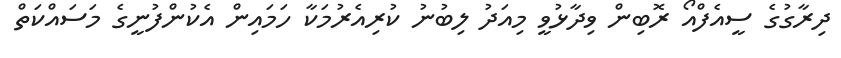
ދިރާގުގެ ސީއެފްއޯ ރޮބިން ވިދާޅުވީ މިއަދު ލިބުނު ކުރިއެރުމަކާ ހަމައިން އެކުންފުނީގެ މަސައްކަތް